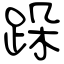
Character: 跺